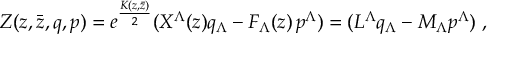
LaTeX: Z ( z , \bar { z } , q , p ) = e ^ { \frac { K ( z , \bar { z } ) } { 2 } } ( X ^ { \Lambda } ( z ) q _ { \Lambda } - F _ { \Lambda } ( z ) \, p ^ { \Lambda } ) = ( L ^ { \Lambda } q _ { \Lambda } - M _ { \Lambda } p ^ { \Lambda } ) \ ,